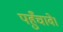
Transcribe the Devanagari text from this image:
पहुँचावे।